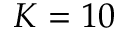
K = 1 0